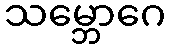
သမ္ဘောဂေ